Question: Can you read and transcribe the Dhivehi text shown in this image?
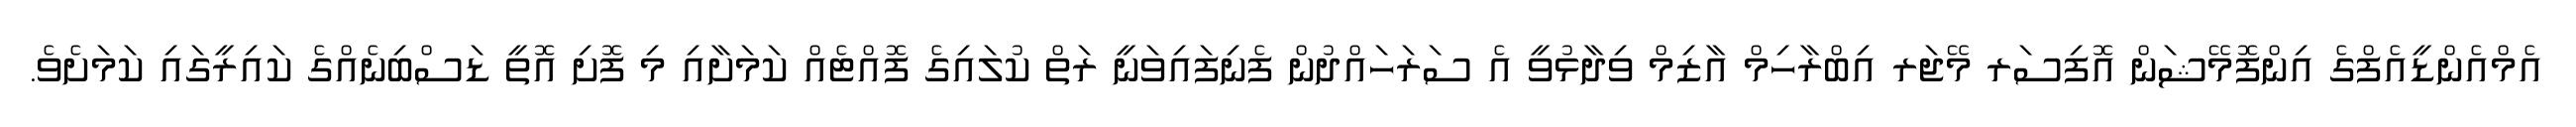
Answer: އެމްއެންޑީއެފްގެ އިންފޮމޭޝަން އޮފިސަރ މޭޖަރ އިބްރާހިމް އާޒިމް ވިދާޅުވީ އެ ސަރަހައްދުން ފެނިފައިވަނީ ރަތް ކުލައިގެ ފޮއްޓެއް ކަމަށާއި މި ފޮށި އޮތީ ޑަސްބިނެއްގެ ކައިރީގައި ކަމަށެވެ.